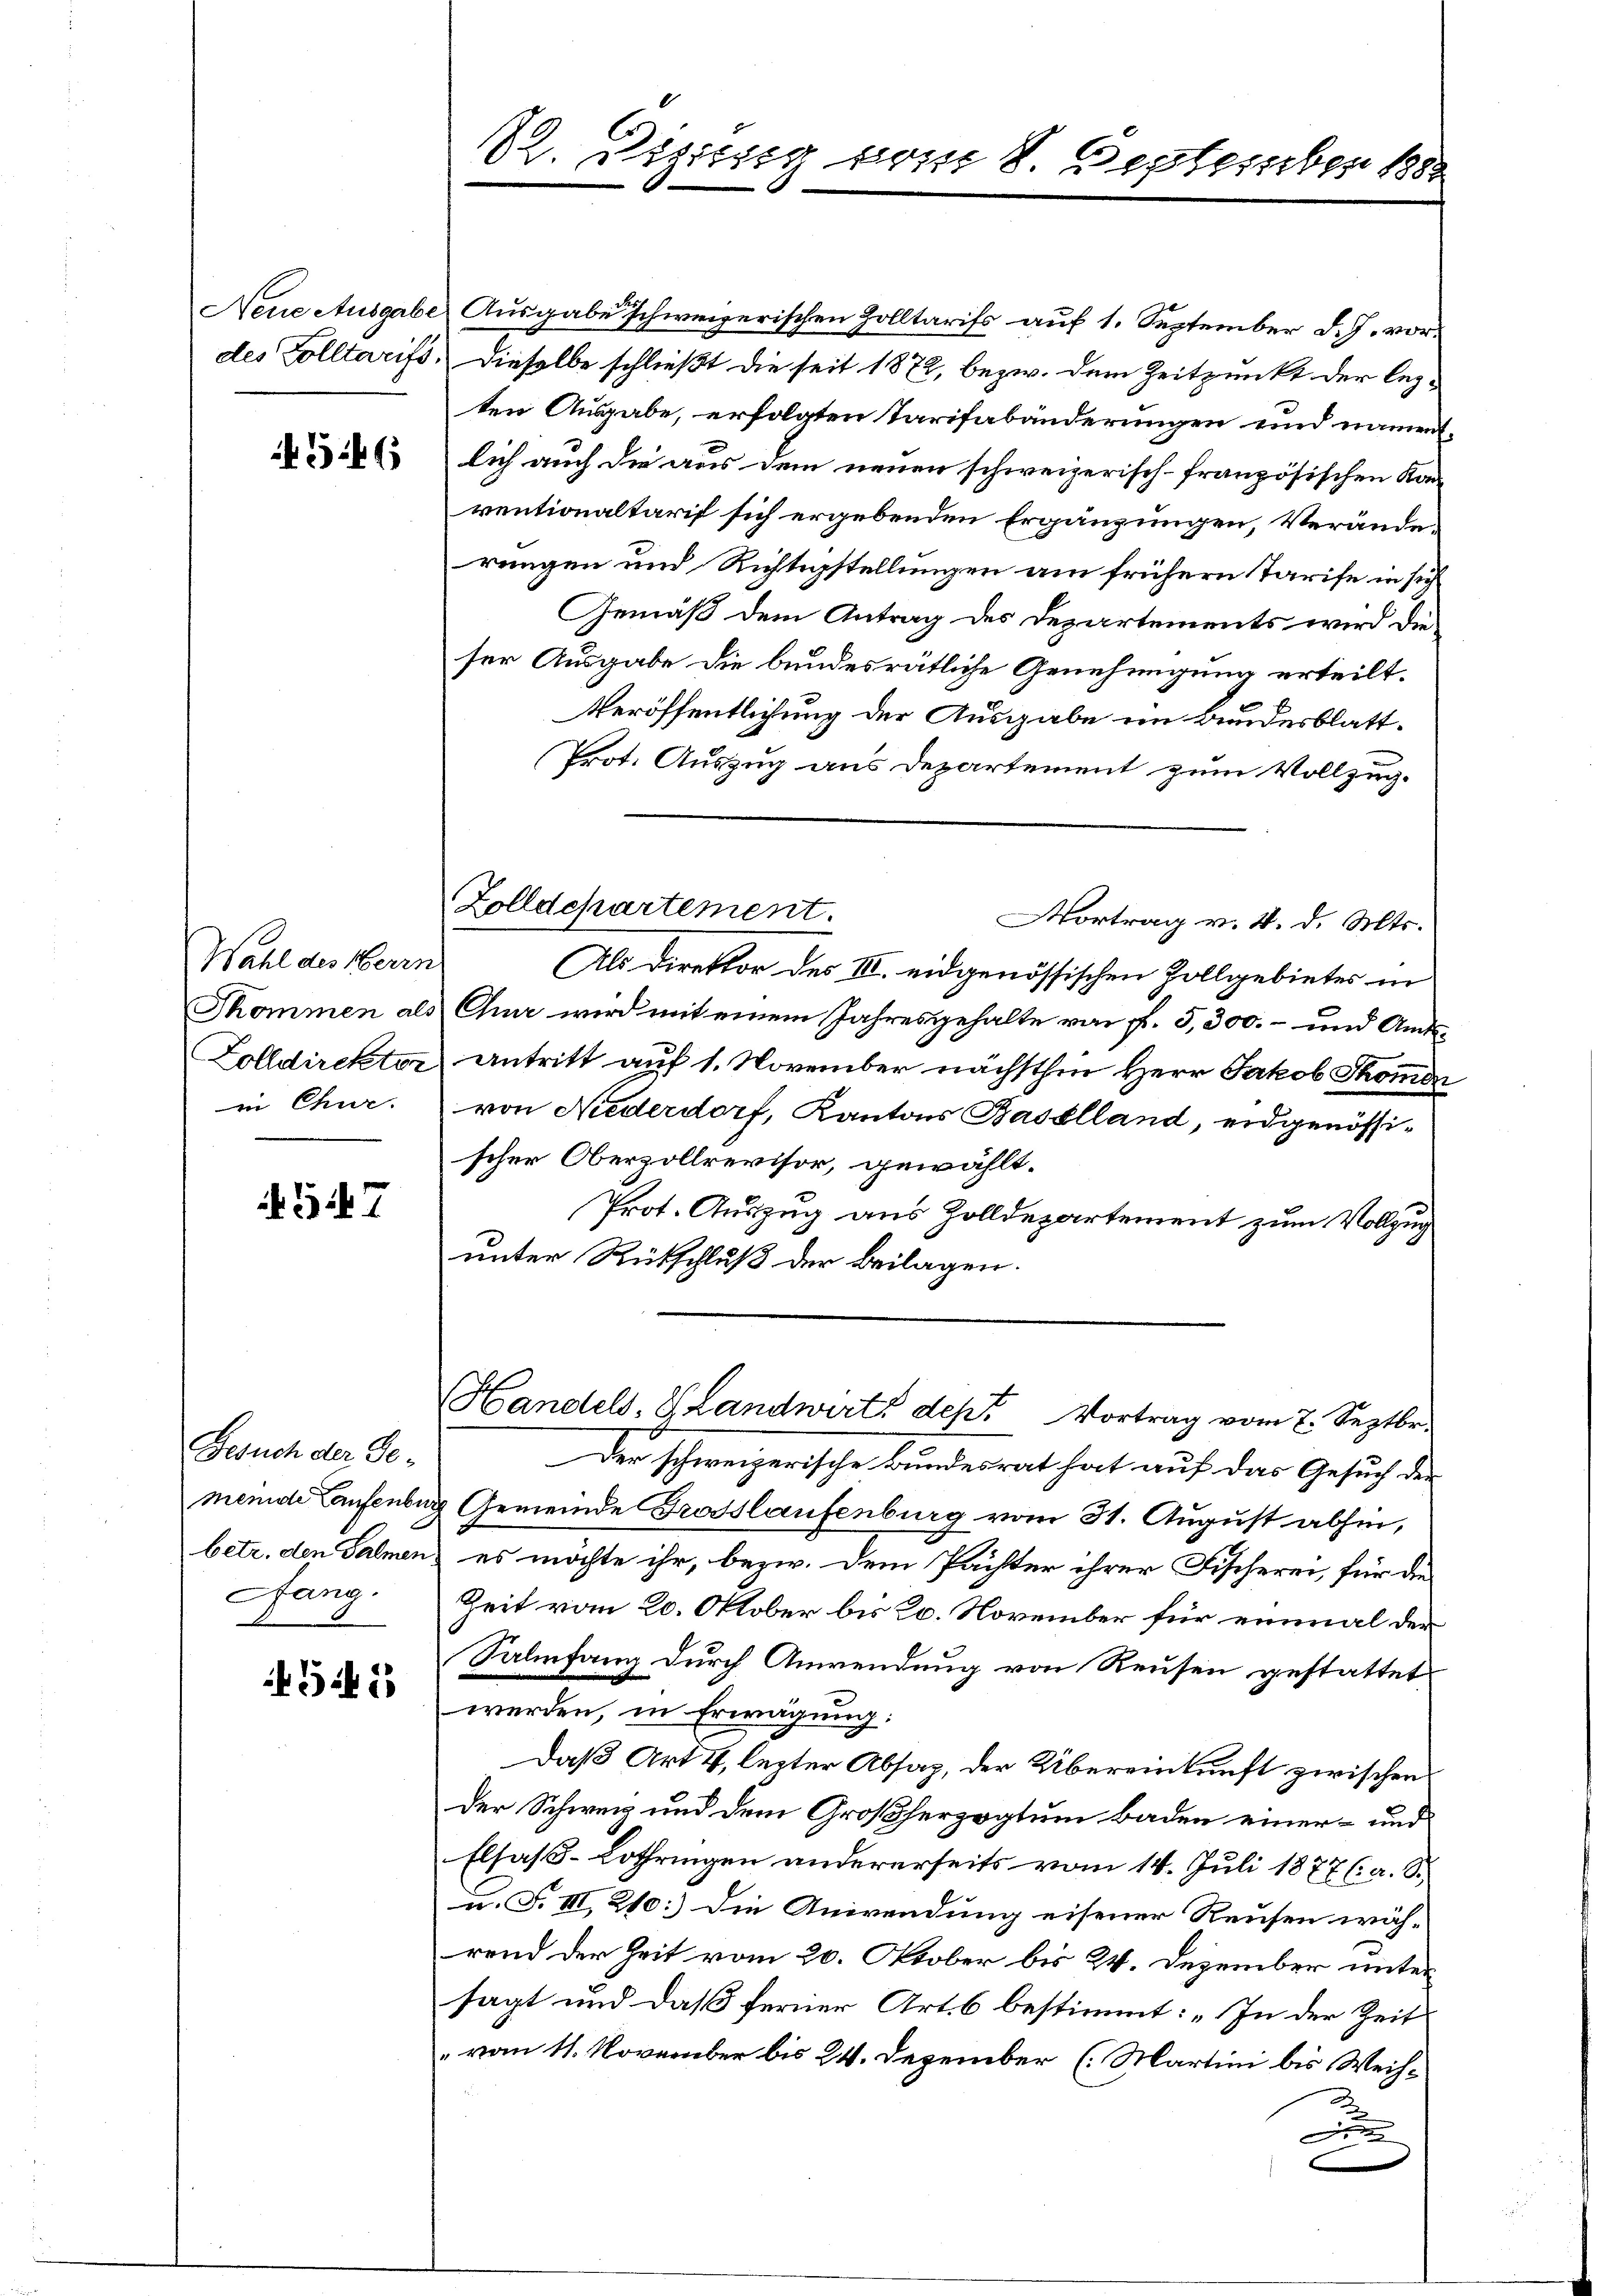
Neue Ausgabe
des Solltarifs,

546

Wahl des Herrn
Thommen als
Zolldirekter
in Chur.

547

Gesuch der Gemende Laufenbur
betr. den Palmen,
ang.

545

12. Sizung vom Besterben k

Zolldepartement.
Vortrag v. 4. d. Mts.

Ausgabe schweizerischen Zolltarifs auf 1. September d. J. vordieselbe schließt die seit 1872, bezw. dem Zeitpunkt der lezten Ausgabe, erfolgten Tarifabänderungen und namenlich auch die aus dem neuen schweizerisch-französischen Kan
ventionaltarif sich ergebenden Ergänzungen, Veränderungen und Richtigstellungen am frühern Tarife in sich
Gemäß dem Antrag des Departements wird die
ser Ausgabe die bundesrätliche Genehmigung erteilt.
Veröffentlichung der Ausgabe im Bundesblatt¬
Prot. Auszug aus Departement zum Vollzug.
Als Direktor des III. eidgenössischen Zollgebietes in
Chur wird mit einem Jahresgehalte von f. 5,300.- und Amts¬
Antritt auf 1. November nächsthin Herr Jakob Thomin
von Niederdorf, Kantons Baselland, eidgenössischer Oberzollrevisor, gewählt.
Prot. Auszug aus Zolldepartement zum Vollzug
unter Rütschluß der beilagen.
Handels, H. Landwirt dept Vortrag vom 7. Septbr.
Der schweizerische Bundesrat hat auf das Gesuch der
Gemeinde Grosslaufenburg vom 31. August abhin,
es möchte ihr, bezw. dem Pächter ihrer Fischerei, für die
Zeit vom 20. Oktober bis 20. November für einmal der
Salinfang durch Anwendung von Reusen gestattet
werden, in Erwägung:
Daß Art. 4, lezter Absag, der Übereinkunft zwischen
Der Schweiz und dem Großherzogtum Baden einer- und
Elsass-Lothringen andererseits vom 14. Juli 1877 (a. S.
u. F. III 210: Die Anwendung eisener Reusen während der Zeit vom 20. Oktober bis 24. Dezember unter
sagt und daß ferner Art. 6 bestimmt: „In der Zeit
vom 11. November bis 24. Dezember (Martini bis Weih¬